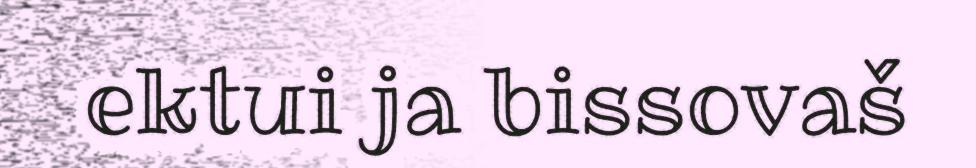
ektui ja bissovaš